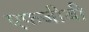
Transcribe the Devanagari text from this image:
एफजीबी